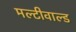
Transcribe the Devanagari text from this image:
मल्टीवाल्ड